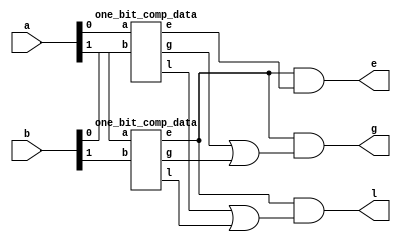
//2 bit_comparator using data flow modeling

module two_bit_comp(a,b,g,l,e);
input[1:0]a,b;
output g,l,e;

wire[9:1]w;

//instantiate the one bit comp to two bit

one_bit_comp_data com_0(a[0],b[0],w[7],w[6],w[5]);
one_bit_comp_data com_1(a[1],b[1],w[3],w[2],w[1]);

and g1(e,w[1],w[5]);
and g3(l,w[1],w[8]);
and g5(g,w[1],w[9]);

or g2(w[8],w[6],w[2]);
or g4(w[9],w[7],w[3]);
endmodule



//1 bit_comparator using data flow modeling

module one_bit_comp_data(a,b,g,l,e);
input a;
input b;
output g,l,e;

assign g = (a & ~b);
assign l = (~a & b);
assign e = (a ~^ b);

endmodule